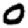
Digit: 0